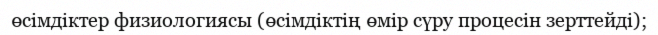
өсімдіктер физиологиясы (өсімдіктің өмір сүру процесін зерттейді);